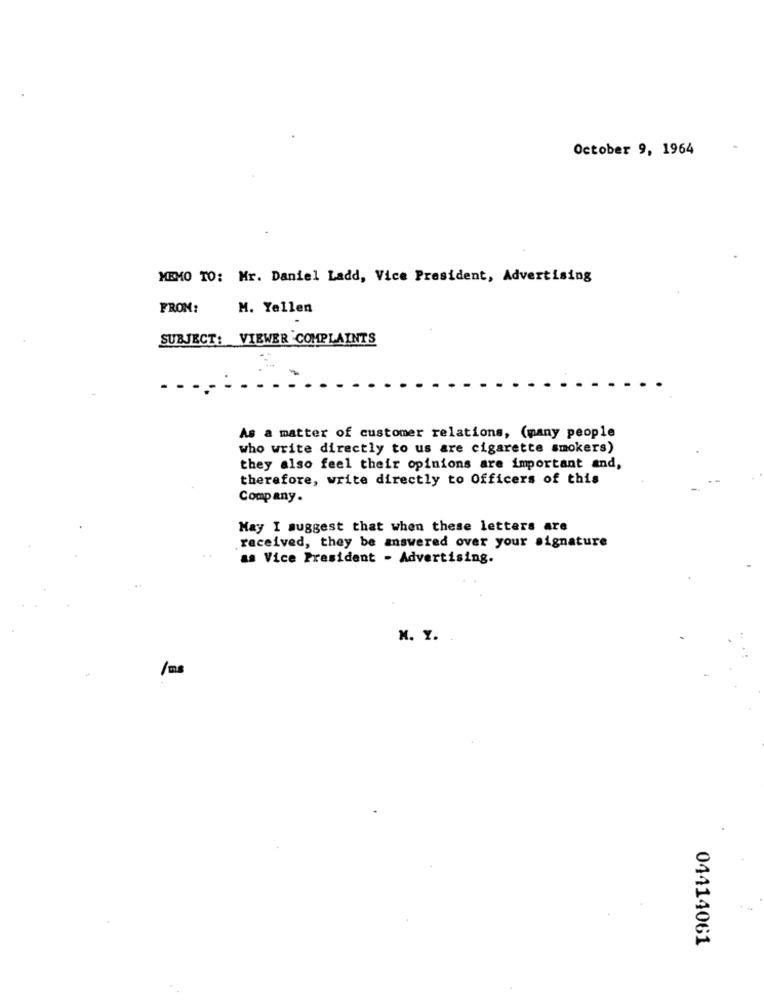
October 9, 1964
MEMO TO: Mr. Daniel Ladd, Vice President, Advertising
FROM:
M. Yellen
SUBJECT: VIEWER COMPLAINTS
As a matter of customer relations, (many people
who write directly to us are cigarette smokers)
they also feel their opinions are important and,
therefore, write directly to Officers of this
Company.
May I suggest that when these letters are
received, they be answered over your signature
as Vice President - Advertising.
M. Y.
04414061